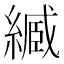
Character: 𦄤